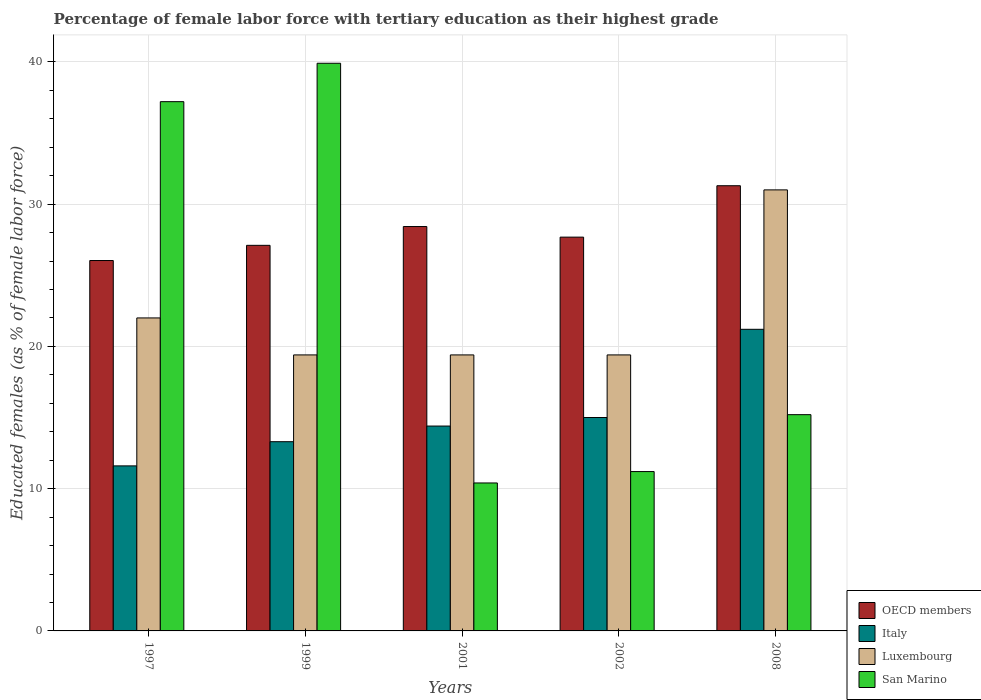
| Years | OECD members | Italy | Luxembourg | San Marino |
 | --- | --- | --- | --- | --- |
 | 1997 | 26 | 11.6 | 22 | 37.2 |
 | 1999 | 27.1 | 13.3 | 19.4 | 39.9 |
 | 2001 | 28.4 | 14.4 | 19.4 | 10.4 |
 | 2002 | 27.7 | 15 | 19.4 | 11.2 |
 | 2008 | 31.3 | 21.2 | 31 | 15.2 |